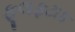
ફૂલફટાક